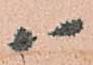
ハ